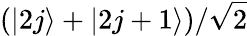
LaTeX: (|2j\rangle+|2j+1\rangle)/\sqrt{2}